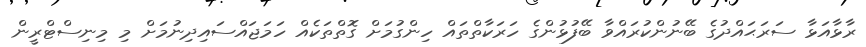
ރާޅާއަޅާ ސަރަޙައްދުގެ ބޭނުންކުރައްވާ ބޭފުޅުންގެ ހަރަކާތްތައް ހިންގުމަށް ގޮތްތަކެއް ހަމަޖައްސައިދިނުމަށް މި މިނިސްޓްރީން